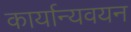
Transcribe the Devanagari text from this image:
कार्यान्यवयन